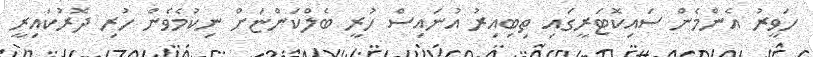
ހަވީރު އެންމެން ސައިކޮޓަރީގައި ތިބިއިރު އުނައިސް ހުރީ ބެލްކަންޏަށް ނިކުމެވެން ހުރި ދޮރުކައިރީ